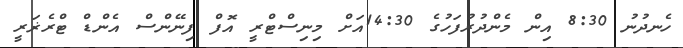
ހެނދުނު 8:30 އިން މެންދުރުފަހުގެ 14:30އަށް މިނިސްޓްރީ އޮފް ފިނޭންސް އެންޑް ޓްރެޜަރީ